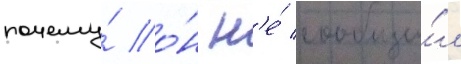
почему́ о́н н'е́ сообщи́л